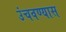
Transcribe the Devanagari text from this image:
उंचवण्यास